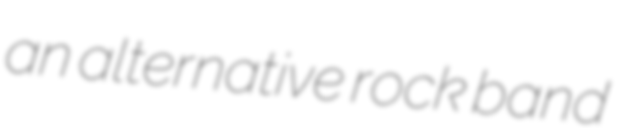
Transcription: an alternative rock band